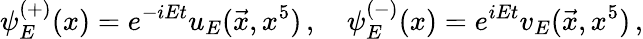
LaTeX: \psi_{E}^{(+)}(x)=e^{-iEt}u_{E}(\vec{x},x^{5})\, ,\quad\psi_{E}^{(-)}(x)=e^{iEt}v_{E}(\vec{x},x^{5})\, ,